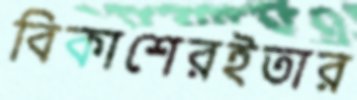
বিকাশেরইতার